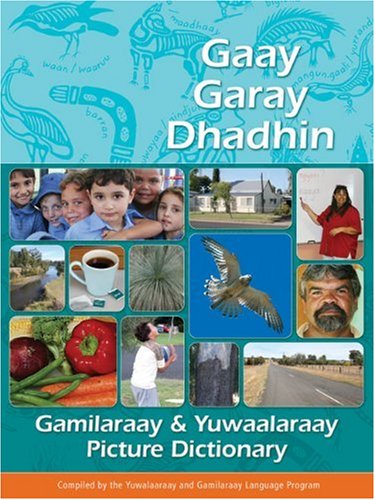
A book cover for Gaay Garay Dhadhin: Gamilaraay & Yuwaalaraay Picture Dictionary; Children's Books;